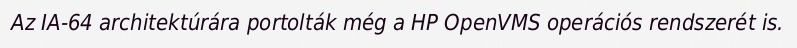
Az IA-64 architektúrára portolták még a HP OpenVMS operációs rendszerét is.